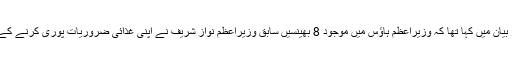
یاد رہے کہ وزیراعظم عمران خان کے مشیر نعیم الحق نے اپنے ٹوئٹر بیان میں کہا تھا کہ وزیراعظم ہاؤس میں موجود 8 بھینسیں سابق وزیراعظم نواز شریف نے اپنی غذائی ضروریات پوری کرنے کے لیے رکھی تھیں، جن کیلئےملازم بھی تھے، انھیں نیلام کیا جائے گا۔